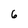
Character: 6